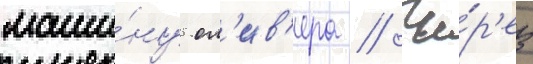
маши́ну ол'ив'ера // Че́р'ез